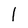
Character: 1